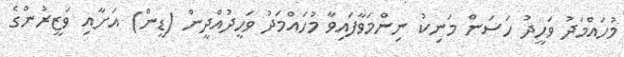
މުހައްމަދު ވަހީދު ހަސަން މަނިކު ނިންމަވާފައިވާ މުހައްމަދު ވަހީދުއްދީން (ޑީން) އަށާއި ވަޒީރުންގެ